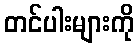
တင်ပါးများကို